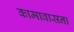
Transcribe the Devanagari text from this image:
कामावासना